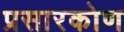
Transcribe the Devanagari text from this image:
प्रसारकोण